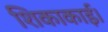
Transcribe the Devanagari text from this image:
शिकाकाई।